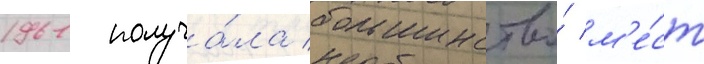
1961 получа́ла большинство́ м'е́ст